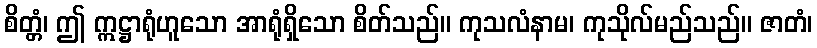
စိတ္တံ၊ ဤ ဣဋ္ဌာရုံဟူသော အာရုံရှိသော စိတ်သည်။ ကုသလံနာမ၊ ကုသိုလ်မည်သည်။ ဇာတံ၊